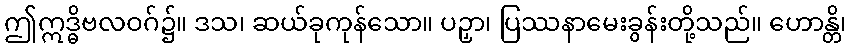
ဤဣဒ္ဓိဗလဝဂ်၌။ ဒသ၊ ဆယ်ခုကုန်သော။ ပဉှာ၊ ပြဿနာမေးခွန်းတို့သည်။ ဟောန္တိ၊